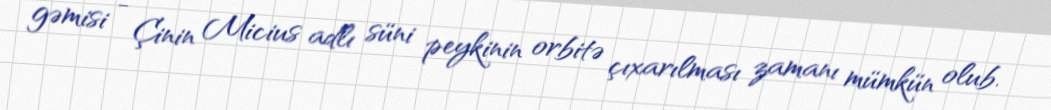
gəmisi - Çinin Micius adlı süni peykinin orbitə çıxarılması zamanı mümkün olub.